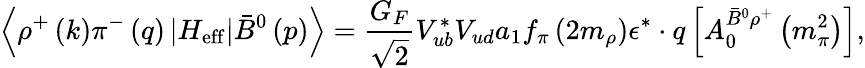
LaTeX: \left\langle\rho^{+}\left(k\right)\pi^{-}\left(q\right)\left|H_{\mathrm{eff}}\right|\bar{B}^{0}\left(p\right)\right\rangle=\frac{G_{F}}{\sqrt{2}}V_{ub}^{*}V_{ud}a_{1}f_{\pi}\left(2m_{\rho}\right)\epsilon^{*}\cdot q\left[A_{0}^{\bar{B}^{0}\rho^{+}}\left(m_{\pi}^{2}\right)\right],